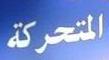
التحركة